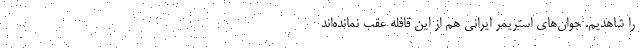
را شاهدیم. جوان‌های استریمر ایرانی هم از این قافله عقب نمانده‌اند